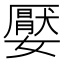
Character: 嬮